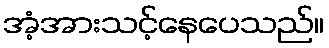
အံ့အားသင့်နေပေသည်။